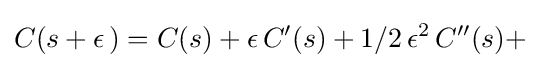
C(s+\epsilon \,)=C(s)+\epsilon \,C'(s)+{1/2}\,\epsilon ^{2}\,C''(s)+